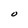
Character: O